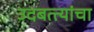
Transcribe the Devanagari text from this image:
उदबत्त्यांचा